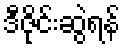
ဒီဇိုင်းဆွဲရန်